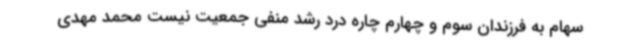
سهام به فرزندان سوم و چهارم چاره درد رشد منفی جمعیت نیست محمد مهدی